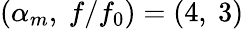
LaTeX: (\alpha_{m},\ f/f_{0})=(4,\ 3)